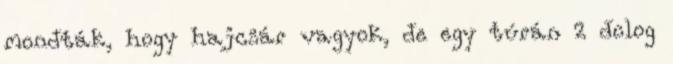
mondták, hogy hajcsár vagyok, de egy túrán 2 dolog